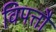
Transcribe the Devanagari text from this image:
विपत्तौ